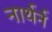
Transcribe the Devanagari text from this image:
नार्थर्न